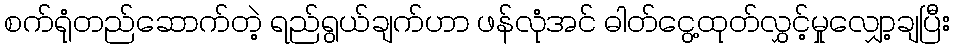
စက်ရုံတည်ဆောက်တဲ့ ရည်ရွယ်ချက်ဟာ ဖန်လုံအင် ဓါတ်ငွေ့ထုတ်လွှင့်မှုလျှော့ချပြီး